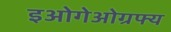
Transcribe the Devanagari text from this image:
इओगेओग्रफ्य